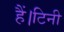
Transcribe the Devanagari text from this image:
हैं।टिनी